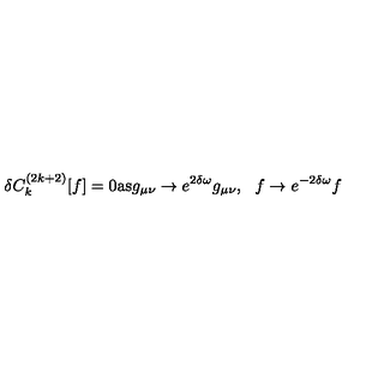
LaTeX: \delta C _ { k } ^ { ( 2 k + 2 ) } [ f ] = 0 \mathrm { a s } g _ { \mu \nu } \rightarrow e ^ { 2 \delta \omega } g _ { \mu \nu } , \: \: \: f \rightarrow e ^ { - 2 \delta \omega } f